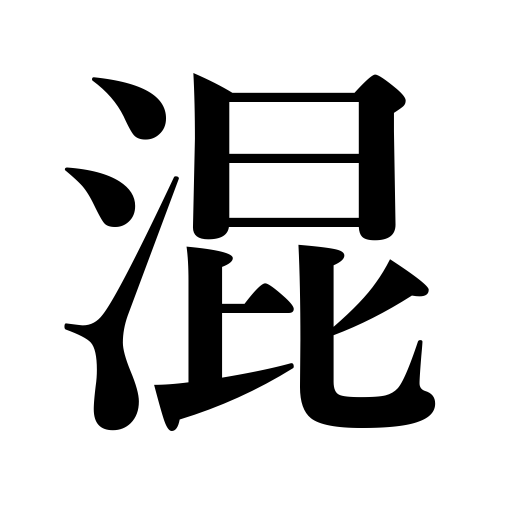
Meanings: let in on,mingle,include,confound,be blended,adulterate,be mixed,mix,mingle with,blend,confuse